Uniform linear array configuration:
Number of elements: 16
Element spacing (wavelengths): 0.75
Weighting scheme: binomial
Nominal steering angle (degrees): -15
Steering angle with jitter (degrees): -15.046
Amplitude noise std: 0.05
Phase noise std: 0.05

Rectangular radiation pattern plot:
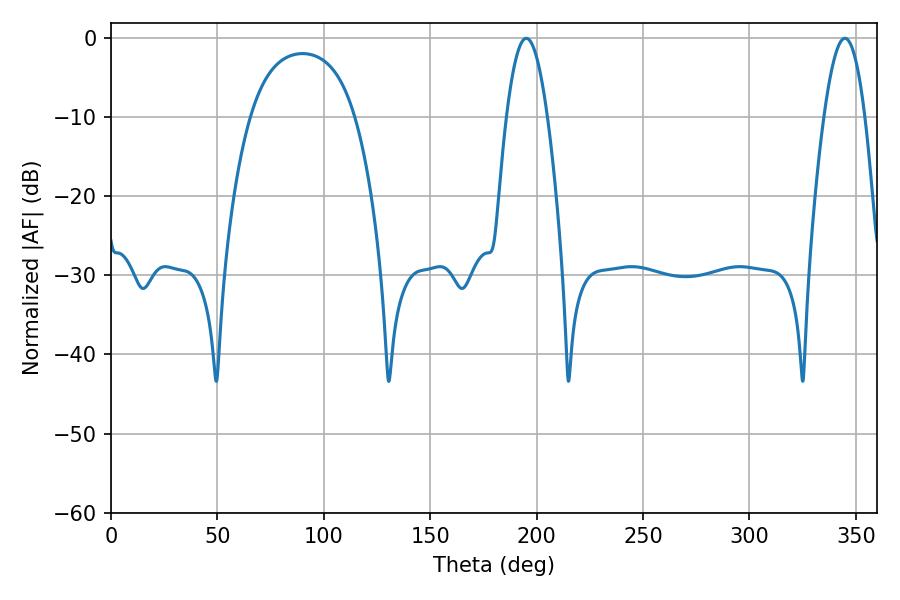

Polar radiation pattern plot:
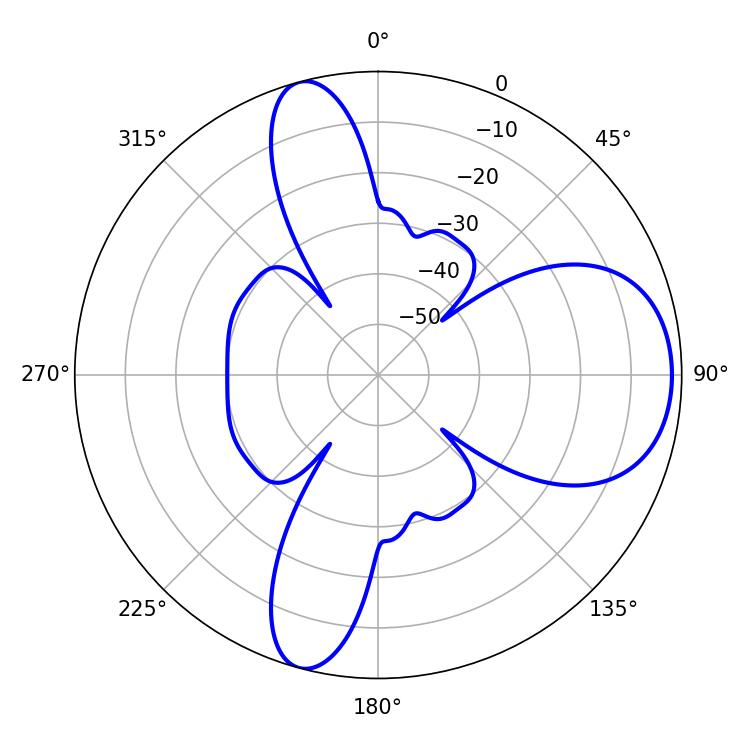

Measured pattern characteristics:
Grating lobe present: TRUE
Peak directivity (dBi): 8.782
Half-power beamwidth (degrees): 10.62
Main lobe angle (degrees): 195.12